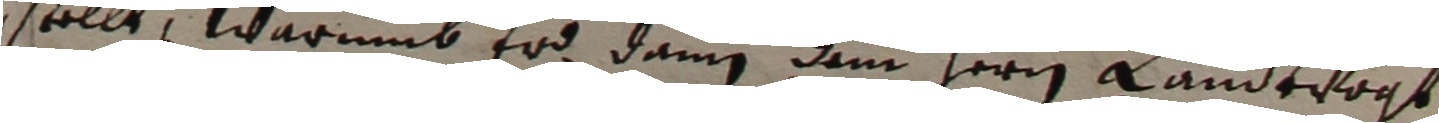
gstellt, warumb erd dann dem herren landtvogt